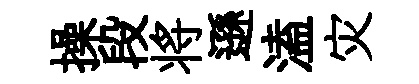
操段将遜溘灾